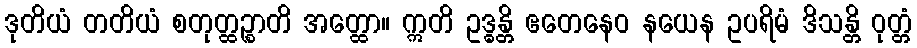
ဒုတိယံ တတိယံ စတုတ္ထဉ္စာတိ အတ္ထော။ ဣတိ ဥဒ္ဓန္တိ ဧတေနေဝ နယေန ဥပရိမံ ဒိသန္တိ ဝုတ္တံ